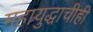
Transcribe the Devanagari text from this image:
महायुद्धाचीही